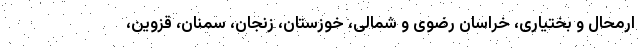
ارمحال و بختیاری، خراسان رضوی و شمالی، خوزستان، زنجان، سمنان، قزوین،